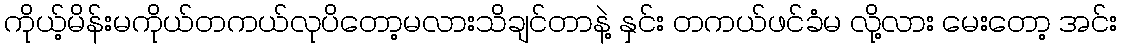
ကိုယ့်မိန်းမကိုယ်တကယ်လုပိတော့မလားသိချင်တာနဲ့ နှင်း တကယ်ဖင်ခံမ လို့လား မေးတော့ အင်း